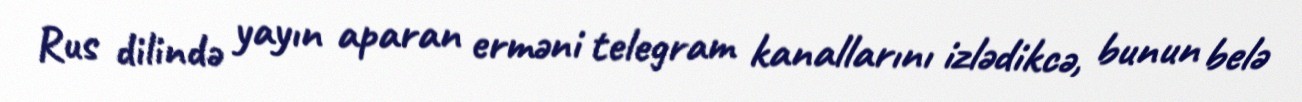
Rus dilində yayın aparan erməni telegram kanallarını izlədikcə, bunun belə